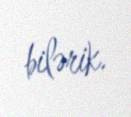
bilərik.